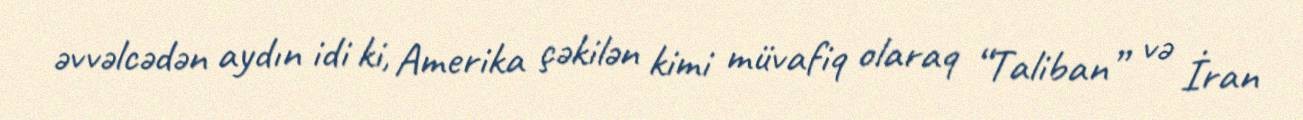
əvvəlcədən aydın idi ki, Amerika çəkilən kimi müvafiq olaraq “Taliban” və İran